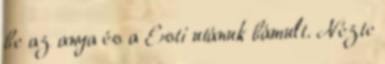
be az anya és a Esti utánuk bámult. Nézte